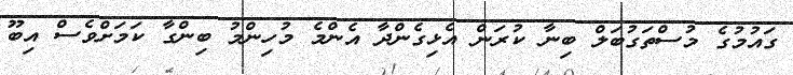
ގައުމުގެ މުސްތަގުބަލް ބިނާ ކުރަން އެޅިގެންދާ އެންމެ މުހިންމު ބިންގާ ކަމަށްވެސް އިބޫ